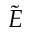
\tilde { E }